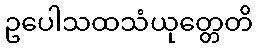
ဥပေါသထသံယုတ္တေတိ